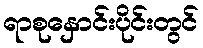
ရာစုနှောင်းပိုင်းတွင်